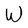
Character: W